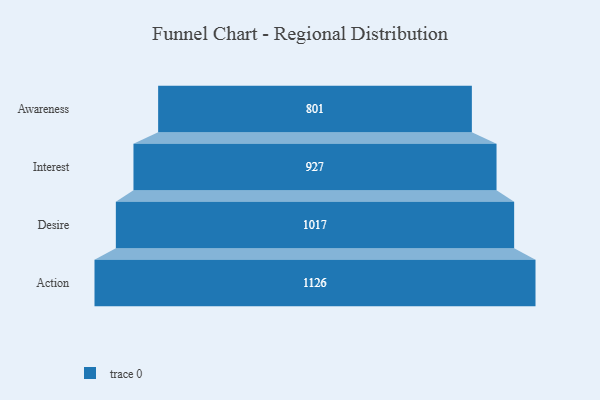
{"axis": {"x": "Stage", "y": "Value"}, "legend": [""], "data": [{"x": "Awareness", "y": 801.0, "type": ""}, {"x": "Interest", "y": 927.0, "type": ""}, {"x": "Desire", "y": 1017.0, "type": ""}, {"x": "Action", "y": 1126.0, "type": ""}]}